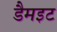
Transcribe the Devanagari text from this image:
डैमइट